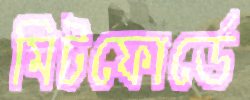
মিটফোর্ডে